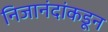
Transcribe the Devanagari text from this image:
निजानंदांकडून